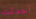
أحدثت